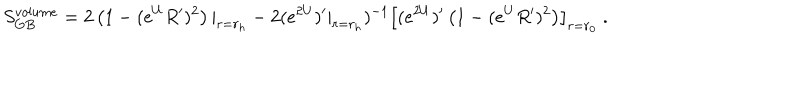
S _ { G B } ^ { v o l u m e } = 2 \left( 1 - ( e ^ { U } R ^ { \prime } ) ^ { 2 } \right) | _ { r = r _ { h } } - 2 ( e ^ { 2 U } ) ^ { \prime } | _ { r = r _ { h } } ) ^ { - 1 } \left[ ( e ^ { 2 U } ) ^ { \prime } \left( 1 - ( e ^ { U } R ^ { \prime } ) ^ { 2 } \right) \right] _ { r = r _ { 0 } } \ .